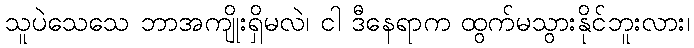
သူပဲသေသေ ဘာအကျိုးရှိမလဲ၊ ငါ ဒီနေရာက ထွက်မသွားနိုင်ဘူးလား၊